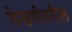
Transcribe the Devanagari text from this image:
लेखणीवरील